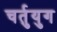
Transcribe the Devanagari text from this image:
चर्तुयुग